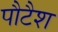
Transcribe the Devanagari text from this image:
पौटैश